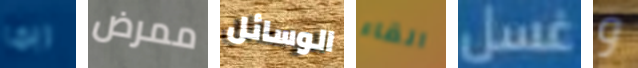
ربما ممرض الوسائل القاء غسل و